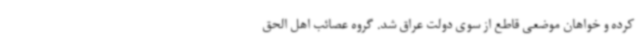
کرده و خواهان موضعی قاطع از سوی دولت عراق شد. گروه عصائب اهل الحق